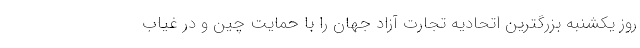
روز یکشنبه بزرگترین اتحادیه تجارت آزاد جهان را با حمایت چین و در غیاب